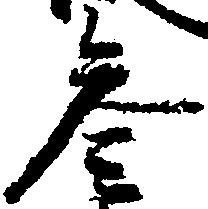
参